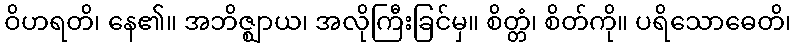
ဝိဟရတိ၊ နေ၏။ အဘိဇ္ဈာယ၊ အလိုကြီးခြင်မှ။ စိတ္တံ၊ စိတ်ကို။ ပရိသောဓေတိ၊